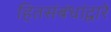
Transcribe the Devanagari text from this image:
हितसंबंधांद्वारे